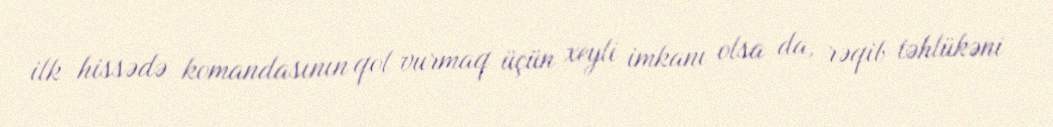
ilk hissədə komandasının qol vurmaq üçün xeyli imkanı olsa da, rəqib təhlükəni